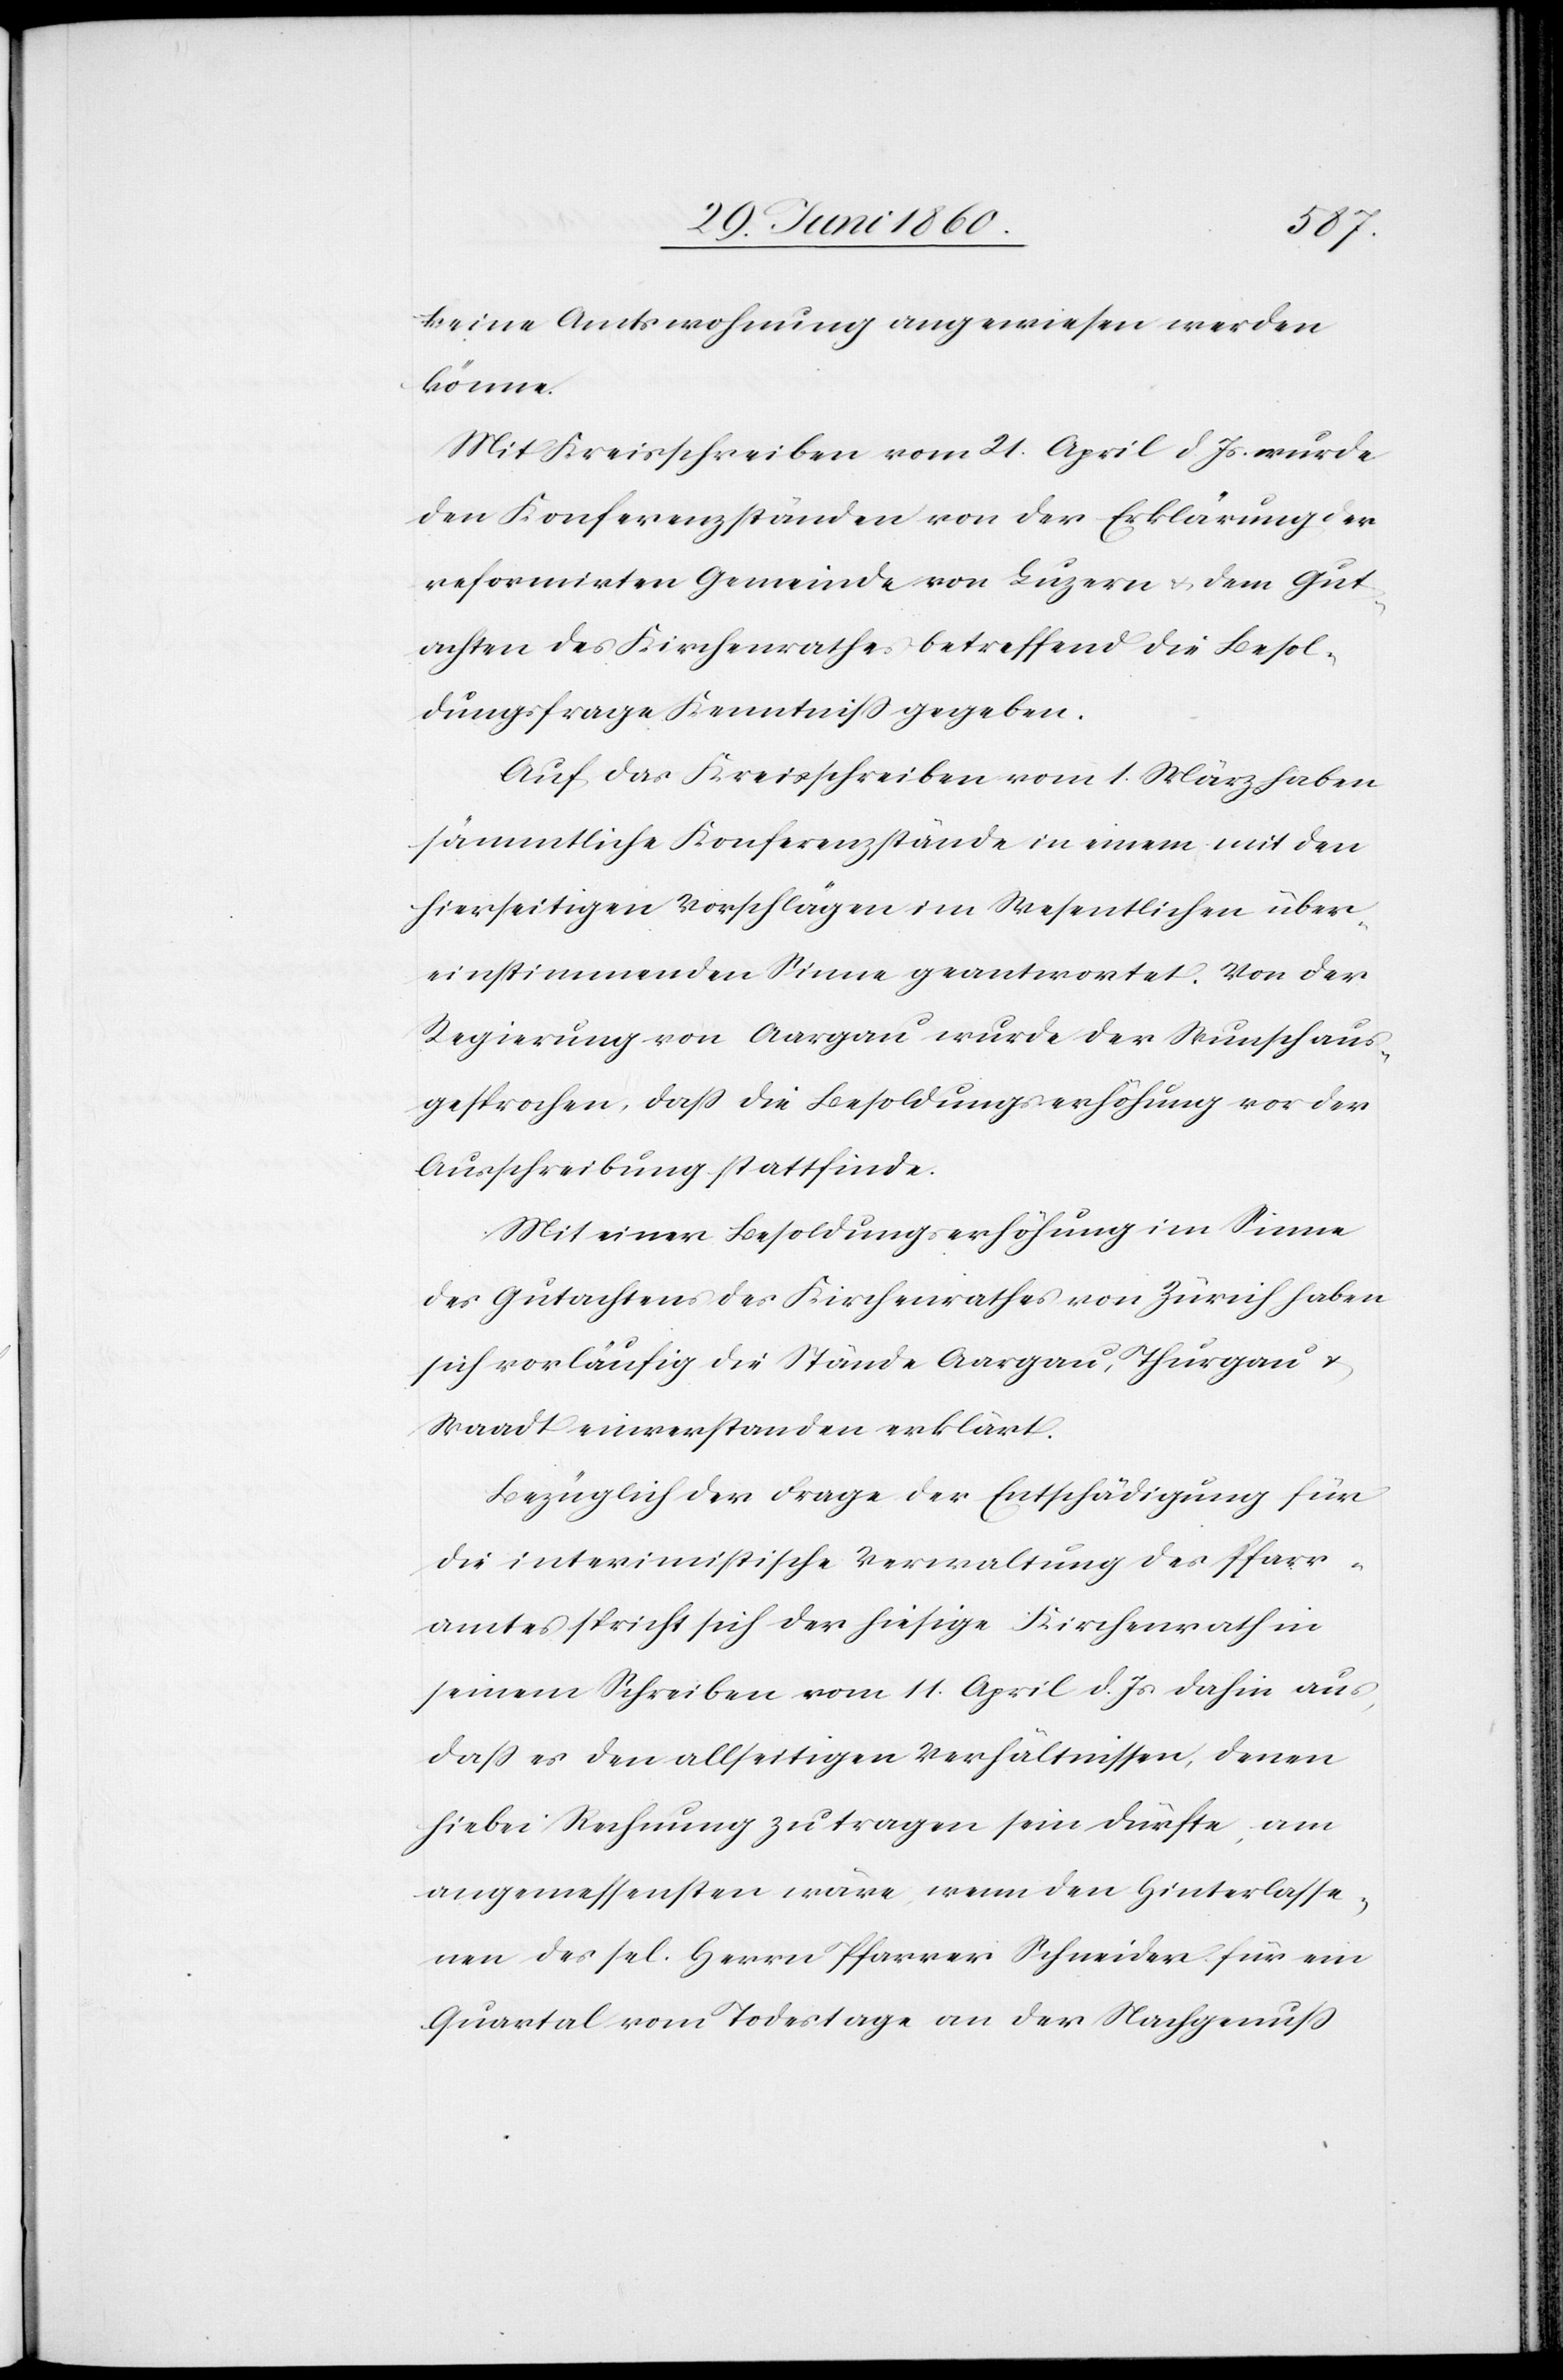
keine Amtswohnung angewiesen werden
könne.
Mit Kreisschreiben vom 21. April d. Js. wurde
den Konferenzständen von der Erklärung der
reformirten Gemeinde von Luzern u. dem Gut¬
achten des Kirchenrathes betreffend die Besol¬
dungsfrage Kenntniss gegeben.
Auf das Kreisschreiben vom 1. März haben
sämmtliche Konferenzstände in einem mit den
hierseitigen Vorschlägen im Wesentlichen über¬
einstimmenden Sinne geantwortet. Von der
Regierung von Aargau wurde der Wunsch aus¬
gesprochen, dass die Besoldungserhöhung vor der
Ausschreibung stattfinde.
Mit einer Besoldungserhöhung im Sinne
des Gutachtens des Kirchenrathes von Zürich haben
sich vorläufig die Stände Aargau, Thurgau u.
Waadt einverstanden erklärt.
Bezüglich der Frage der Entschädigung für
die interimistische Verwaltung des Pfarr¬
amtes spricht sich der hiesige Kirchenrath in
seinem Schreiben vom 11. April d. Js. dahin aus,
dass es den allseitigen Verhältnissen, denen
hiebei Rechnung zu tragen sein dürfte, am
angemessensten wäre, wenn den Hinterlasse¬
nen des sel. Herrn Pfarrer Schneider für ein
Quartal vom Todestage an der Nachgenuss